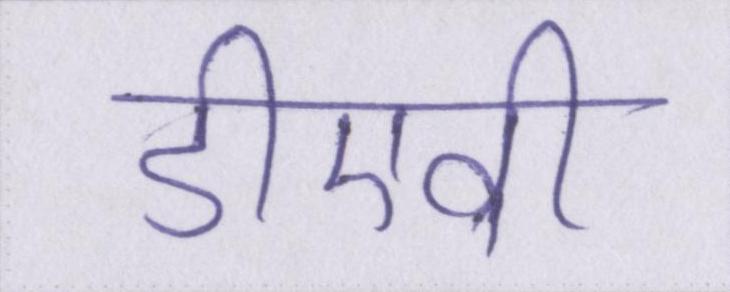
डीएवी